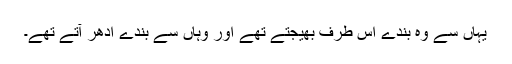
یہاں سے وہ بندے اس طرف بھیجتے تھے اور وہاں سے بندے اِدھر آتے تھے۔